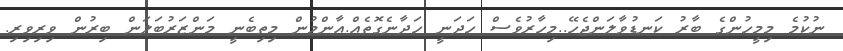
ނުކުމެ މިމީހުންގެ ބާރު ކަނޑުވާލަންޖެހޭ..މިހާރުވެސް ހަދަނީ ހަދާނެގޮތެއް.އާންމުން މިތިބެނީ މަންޒަރުބަލަން ބިރުން ވިރިވިރި.